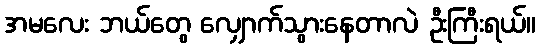
အမလေး ဘယ်တွေ လျှောက်သွားနေတာလဲ ဦးကြီးရယ်။